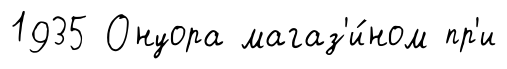
1935 Онуора магаз'и́ном пр'и